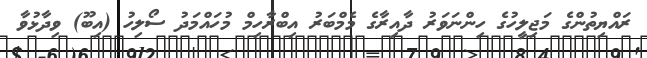
ރައްޔިތުންގެ މަޖިލީހުގެ ހިންނަވަރު ދާއިރާގެ މެމްބަރު އިބްރާހިމް މުހައްމަދު ސޯލިހު (އިބޫ) ވިދާޅުވާ